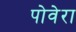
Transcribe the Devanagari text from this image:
पोवेरा